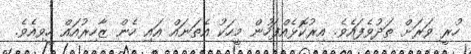
ހުރީ ވަރަށް ތަދުވެފައެވެ. އިރުކޮޅެއްފަހުން މީހަކު އެތަނައް އައި ހެން ޒާހިރުއައް ހީވިއެވެ.